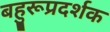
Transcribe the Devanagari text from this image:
बहुरूप्रदर्शक